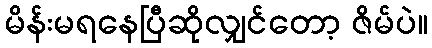
မိန်းမရနေပြီဆိုလျှင်တော့ ဇိမ်ပဲ။